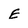
Character: E